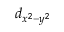
d _ { x ^ { 2 } - y ^ { 2 } }